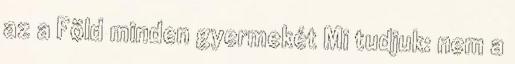
az a Föld minden gyermekét Mi tudjuk: nem a